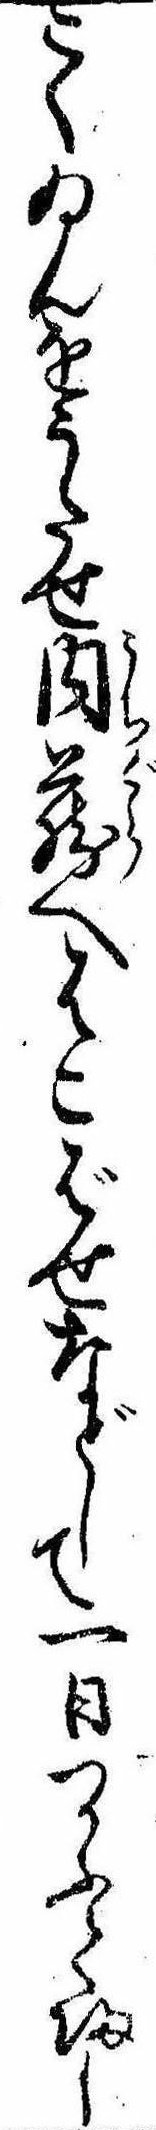
こくゐんをうたせ内蔵へはこばせなどして一日つかふて帰し